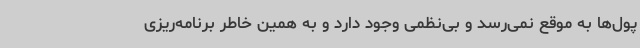
پول‌ها به موقع نمی‌رسد و بی‌نظمی وجود دارد و به همین خاطر برنامه‌ریزی